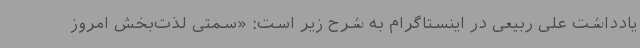
یادداشت علی ربیعی در اینستاگرام به شرح زیر است: «سمتی لذت‌بخش امروز